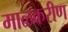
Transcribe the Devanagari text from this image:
माळकरीण